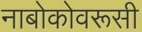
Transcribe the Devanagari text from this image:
नाबोकोवरूसी